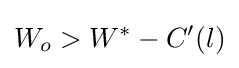
W_{o}>W^{*}-C'(l)